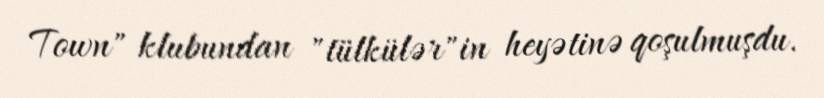
Town" klubundan "tülkülər"in heyətinə qoşulmuşdu.